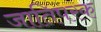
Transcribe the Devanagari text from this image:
जातिपरक